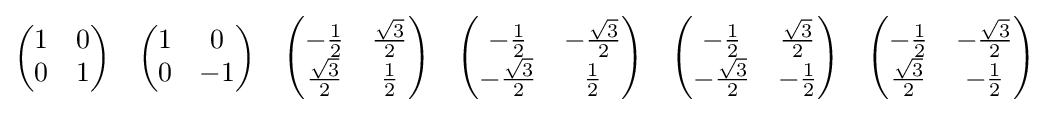
{\begin{pmatrix}1&0\\0&1\end{pmatrix}}\quad {\begin{pmatrix}1&0\\0&-1\end{pmatrix}}\quad {\begin{pmatrix}-{\frac {1}{2}}&{\frac {\sqrt {3}}{2}}\\{\frac {\sqrt {3}}{2}}&{\frac {1}{2}}\end{pmatrix}}\quad {\begin{pmatrix}-{\frac {1}{2}}&-{\frac {\sqrt {3}}{2}}\\-{\frac {\sqrt {3}}{2}}&{\frac {1}{2}}\end{pmatrix}}\quad {\begin{pmatrix}-{\frac {1}{2}}&{\frac {\sqrt {3}}{2}}\\-{\frac {\sqrt {3}}{2}}&-{\frac {1}{2}}\end{pmatrix}}\quad {\begin{pmatrix}-{\frac {1}{2}}&-{\frac {\sqrt {3}}{2}}\\{\frac {\sqrt {3}}{2}}&-{\frac {1}{2}}\end{pmatrix}}